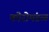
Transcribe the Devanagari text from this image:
कोरोमंडळ